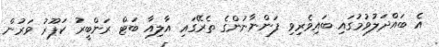
އެ ބައްދަލުވުމުގައި ބައިވެރިވި ފަންނާނުންގެ ތެރޭގައި އާލިއާ ބަޓް ރަންބީރު ކަޕޫރު ވަރުން